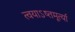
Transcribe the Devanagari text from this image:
त्वयाऽष्तमूर्त्या